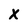
Character: x